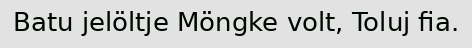
Batu jelöltje Möngke volt, Toluj fia.